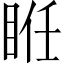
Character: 𥆂